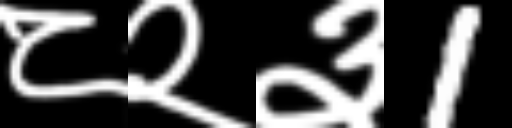
Text: ८२३1